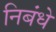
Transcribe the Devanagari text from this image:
निबंधे